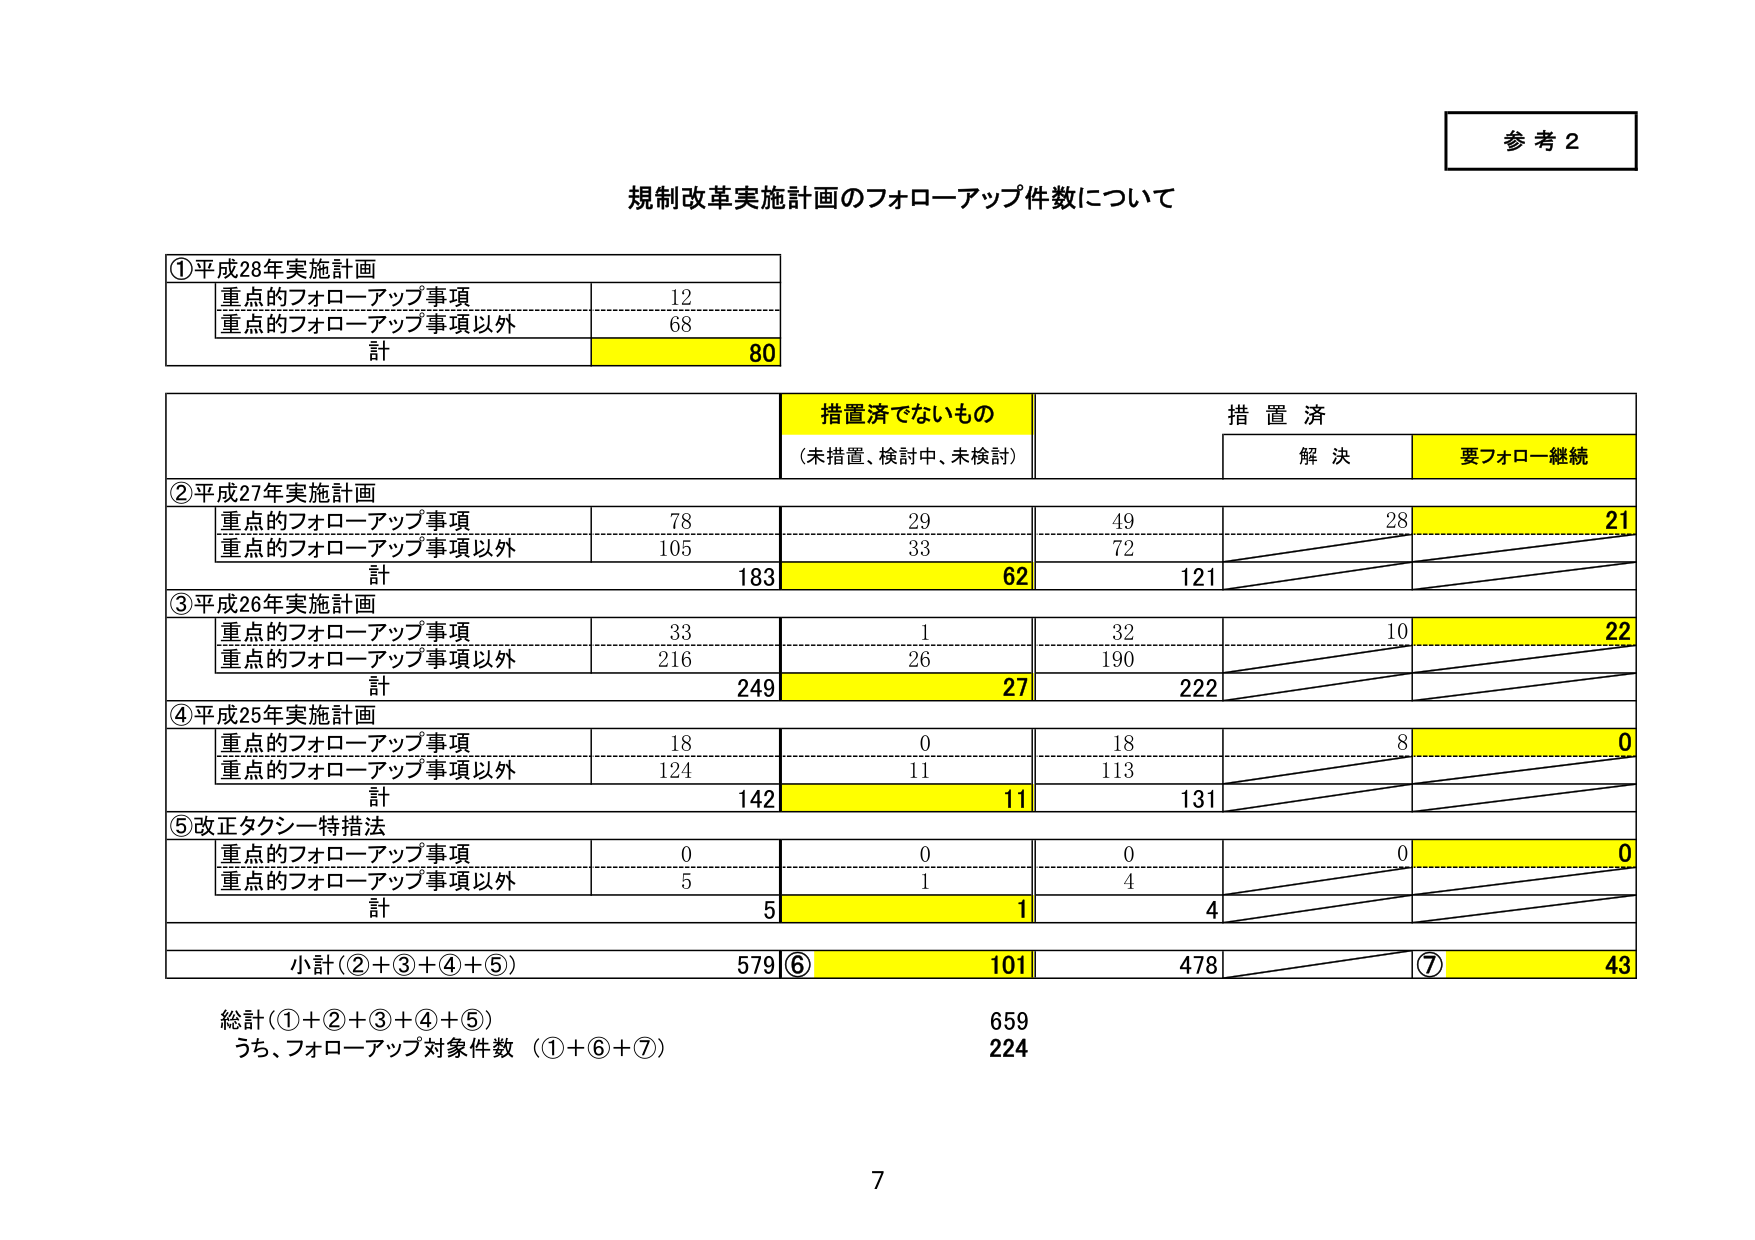
参考2

規制改革実施計画のフォローアップ件数について

①平成28年実施計画
重点的フォローアップ事項 12
重点的フォローアップ事項以外 68
計 80

措置済でないもの
（未措置、検討中、未検討）
措置済
解決 要フォロー継続

②平成27年実施計画
重点的フォローアップ事項 78 29 49 28 21
重点的フォローアップ事項以外 105 33 72
計 183 62 121

③平成26年実施計画
重点的フォローアップ事項 33 1 32 10 22
重点的フォローアップ事項以外 216 26 190
計 249 27 222

④平成25年実施計画
重点的フォローアップ事項 18 0 18 8 0
重点的フォローアップ事項以外 124 11 113
計 142 11 131

⑤改正タクシー特措法
重点的フォローアップ事項 0 0 0 0 0
重点的フォローアップ事項以外 5 1 4
計 5 1 4

小計（②＋③＋④＋⑤） 579 ⑥ 101 478 ⑦ 43

総計（①＋②＋③＋④＋⑤） 659
うち、フォローアップ対象件数（①＋⑥＋⑦） 224

7